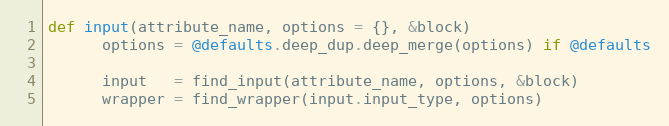
Language: Ruby
def input(attribute_name, options = {}, &block)
      options = @defaults.deep_dup.deep_merge(options) if @defaults

      input   = find_input(attribute_name, options, &block)
      wrapper = find_wrapper(input.input_type, options)